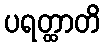
ပရတ္ထာတိ